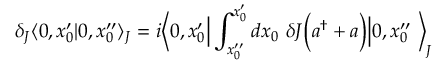
\delta _ { J } \langle 0 , x _ { 0 } ^ { \prime } | 0 , x _ { 0 } ^ { \prime \prime } \rangle _ { J } = i { \Big \langle } 0 , x _ { 0 } ^ { \prime } { \Big | } \int _ { x _ { 0 } ^ { \prime \prime } } ^ { x _ { 0 } ^ { \prime } } d x _ { 0 } ~ \delta J { \Big ( } a ^ { \dagger } + a { \Big ) } { \Big | } 0 , x _ { 0 } ^ { \prime \prime } ~ { \Big \rangle } _ { J }